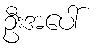
ဦးအပေါ်